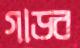
গাড়ব